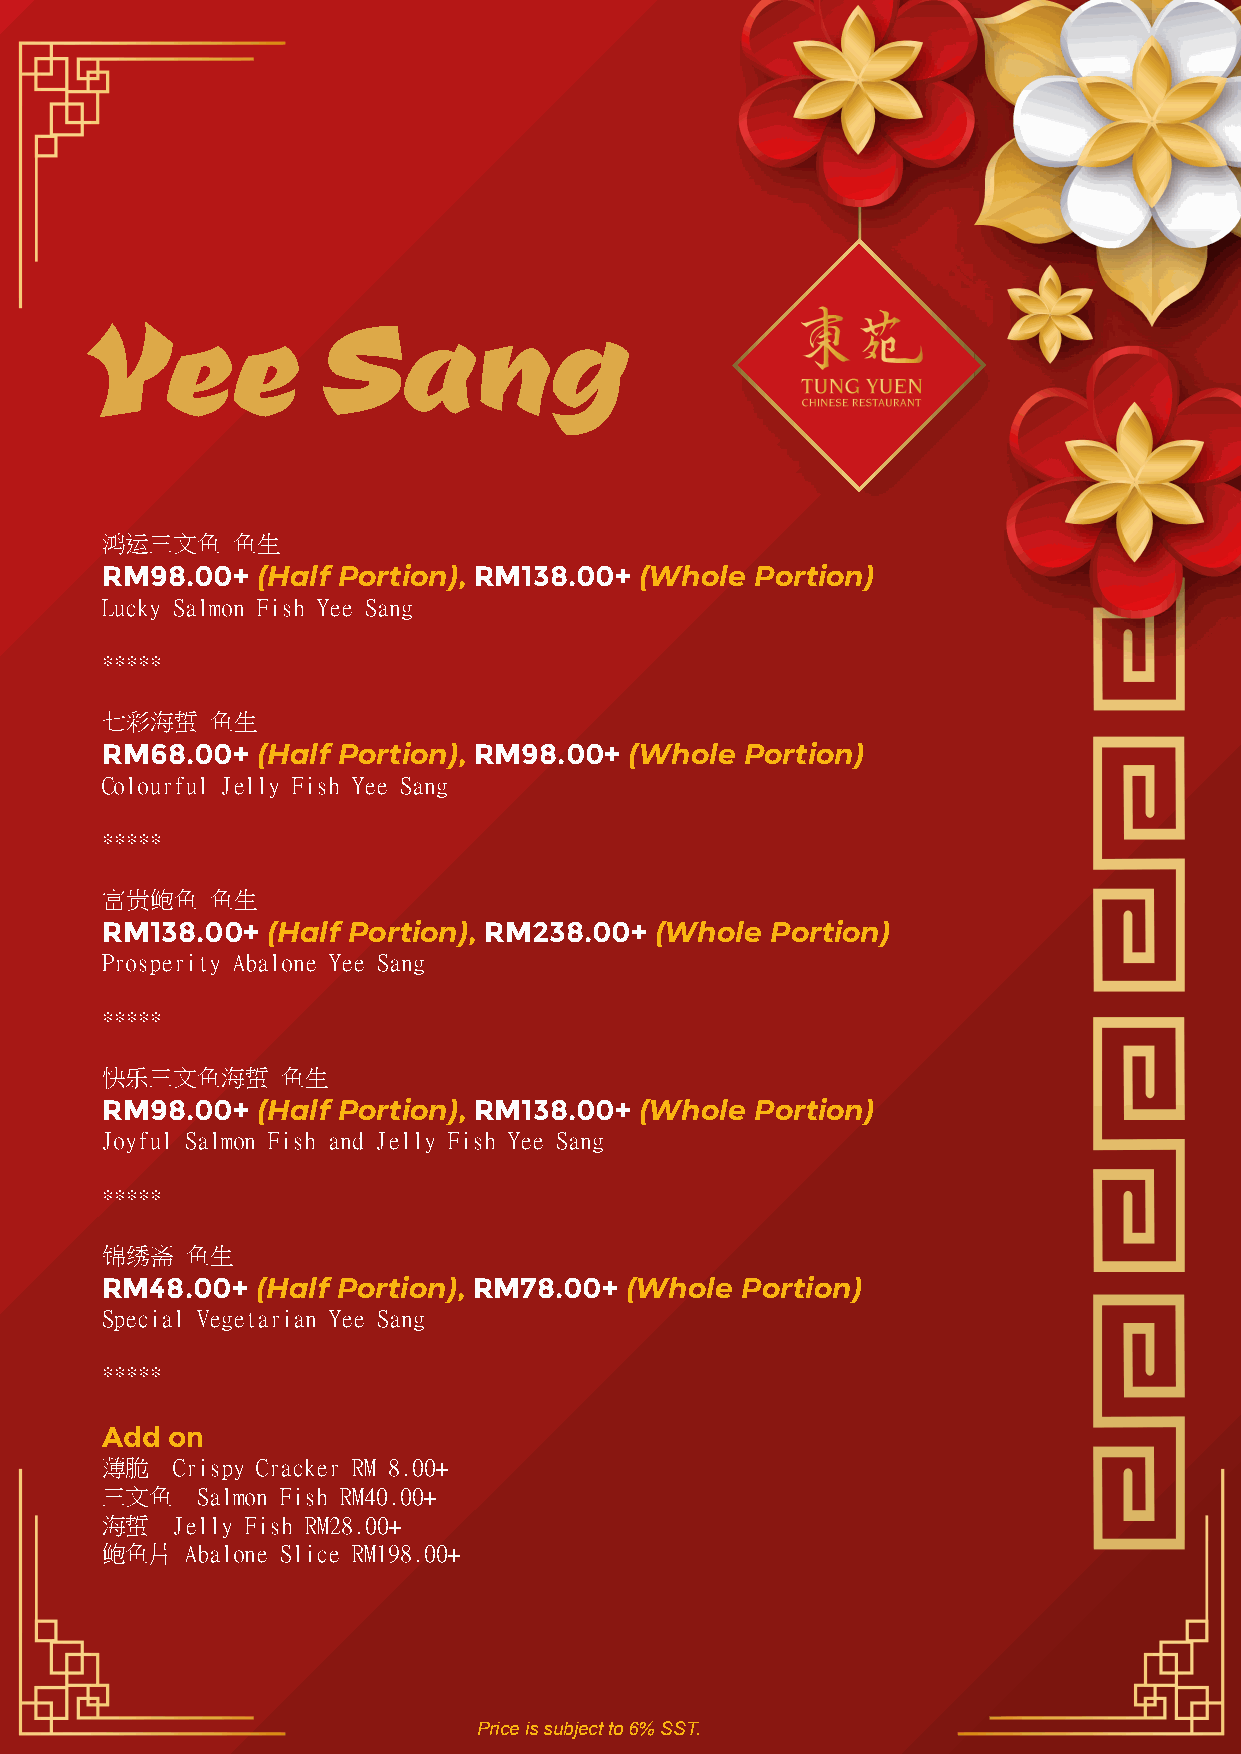
Yee             Sang
 鸿运三文鱼   鱼生
 RM98.00+  (Half Portion), RM138.00+ (Whole Portion)
 Lucky Salmon Fish Yee Sang
 *****
 七彩海蜇   鱼生
 RM68.00+  (Half Portion), RM98.00+ (Whole Portion)
 Colourful Jelly Fish Yee Sang
 *****
 富贵鲍鱼   鱼生
 RM138.00+  (Half Portion), RM238.00+ (Whole Portion)
 Prosperity Abalone Yee Sang
 *****
 快乐三文鱼海蜇     鱼生
 RM98.00+  (Half Portion), RM138.00+ (Whole Portion)
 Joyful Salmon Fish and Jelly Fish Yee Sang
 *****
 锦绣斋  鱼生
 RM48.00+  (Half Portion), RM78.00+ (Whole Portion)
 Special Vegetarian Yee Sang
 *****
 Add on
 薄脆   Crispy Cracker RM 8.00+
 三文鱼   Salmon Fish RM40.00+
 海蜇   Jelly Fish RM28.00+
 鲍鱼片  Abalone Slice RM198.00+
 Price is subject to 6% SST.